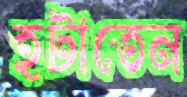
হটাতেন